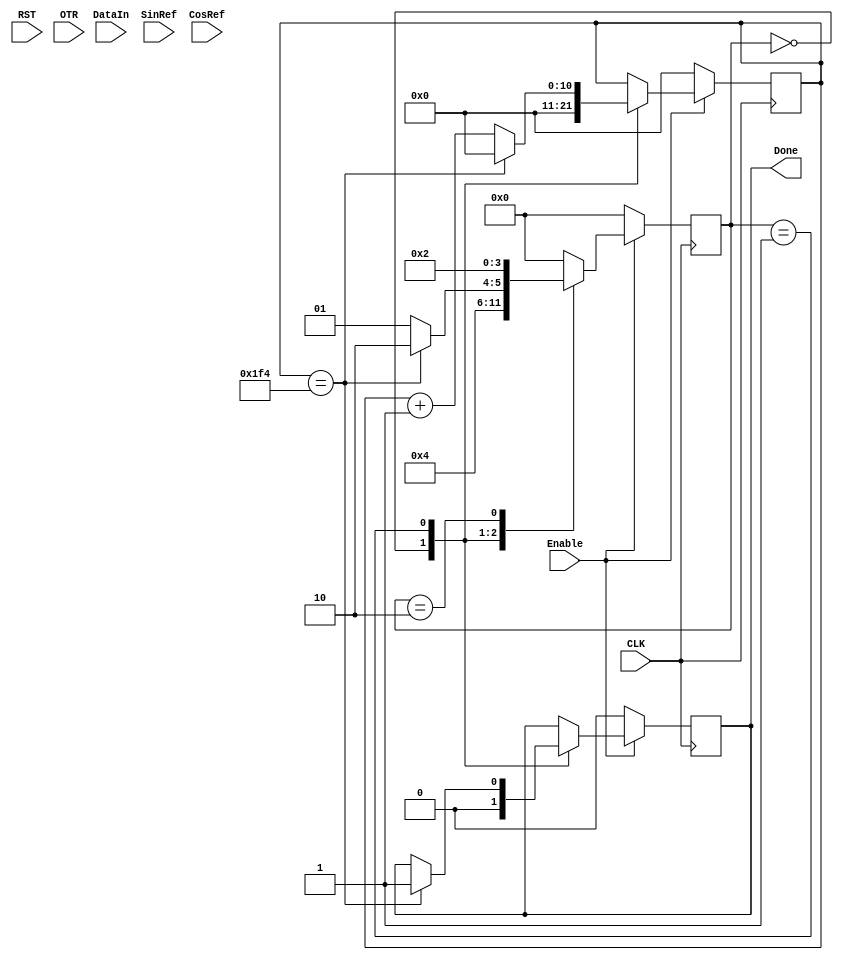
`timescale 1ns/1ps
//**************************************************************//
//**************************************************************//
//Project Name: Novel ECT Hardware Design
//
//Design  Name: ECTNew
//Module  Name: ADSample
//Target Devices: EP3C25F324C8
//Tool versions: 13.1
//Descriptions: Direct AD Waveform sample.
//Revision:
//**************************************************************//
//**************************************************************//

module ADSample
(
    CLK, RST, Enable, OTR, DataIn, Done, SinRef, CosRef
);
    //Parameters
	 parameter SampNum = 500;  //Sampling numbers for One time, refer to Cnt to check the upper bound
	 
	 //Define
	 
	 
	 //Interface
	 input CLK, RST, Enable;      //10 MHz Clk
	 input OTR;                   //Overflow flag
	 input [13:0] DataIn;         //AD9240 sampling data
	 
	 input [13:0] SinRef;         //If want to sample the dds signal, change the signal source to this
	 input [13:0] CosRef;
	 
	 output reg Done;             //Finish the sample
	 reg [13:0] TempDat [SampNum-1:0]; //Internal memory to store the waveform
	 	 
	 //Internal variables
	 reg [3:0] Stat;              //State machine state
	 reg [10:0] Cnt;              //Counting for sampling, support maximum sampling number for one demod: 2047
	
	 //Sampling block
	 always @ (posedge CLK)
		if (Enable) begin
			case (Stat)
			0: begin                     //Prepare to do Get the data
					Cnt <= 11'd0;
					Done <= 0;
					Stat <= 4'd1;      
				end
			1: begin // Get SampNum data
					if (Cnt == SampNum) begin
						Done <= 1;
						Cnt <= 11'd0;
						Stat <= 4'd2;
					end
					else begin
						TempDat[Cnt] <= DataIn;
						Cnt <= Cnt + 11'd1;
						Stat <= 4'd1;
					end
				end
			2: begin
					Stat <= 2;                      //Wait for clear the enable signal
				end
	
			default: Stat <= 0;
			endcase
		end
		else if (~Enable) begin
			Cnt <= 0;
			Done <= 0;
			Stat <= 0;
		end
			
endmodule